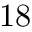
1 8